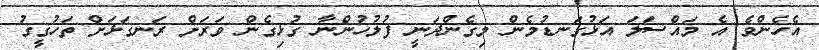
އެހެންވެ އެ މައްސަލަ އަޅުގަނޑުމެން މިގެންދަނީ ފުލުހުންނާ ގުޅިގެން ވަރަށް ރަނގަޅަށް ތަހުގީގު